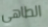
الطاهي